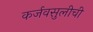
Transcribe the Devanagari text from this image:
कर्जवसुलीची